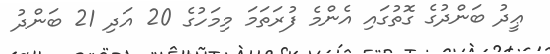
ޢީދު ބަންދުގެ ގޮތުގައި އެންމެ ފުރަތަމަ މިމަހުގެ 20 އަދި 21 ބަންދު